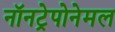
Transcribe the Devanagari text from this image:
नॉनट्रेपोनेमल